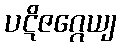
ပဋိဇဂ္ဂေယျ